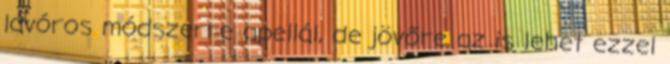
lavóros módszerre apellál, de jövőre az is lehet ezzel